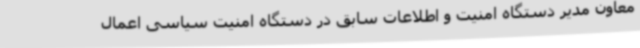
معاون مدیر دستگاه امنیت و اطلاعات سابق در دستگاه امنیت سیاسی اعمال